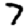
Digit: 7